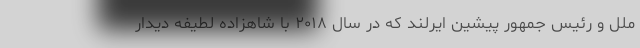
ملل و رئیس جمهور پیشین ایرلند که در سال ۲۰۱۸ با شاهزاده لطیفه دیدار